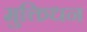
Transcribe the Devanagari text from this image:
मुक्तिधन